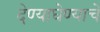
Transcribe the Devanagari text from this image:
देण्याघेण्याचे